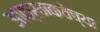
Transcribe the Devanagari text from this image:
आक्रमकतेच्या